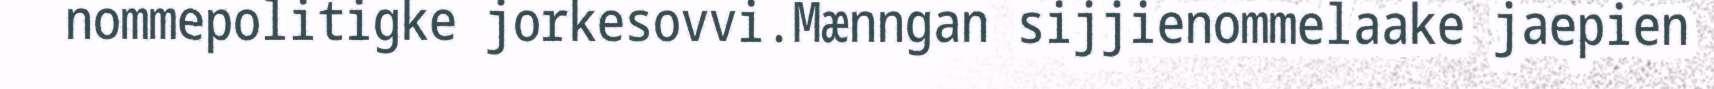
nommepolitigke jorkesovvi.Mænngan sijjienommelaake jaepien